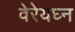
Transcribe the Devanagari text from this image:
वेरेयघ्न